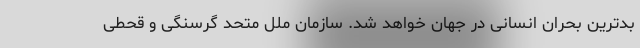
بدترین بحران انسانی در جهان خواهد شد. سازمان ملل متحد گرسنگی و قحطی